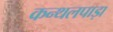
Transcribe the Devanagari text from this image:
कन्थलपाड़ा